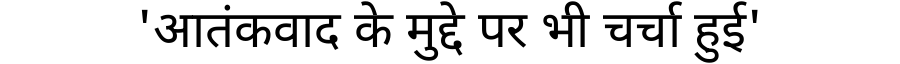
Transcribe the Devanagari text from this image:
'आतंकवाद के मुद्दे पर भी चर्चा हुई'